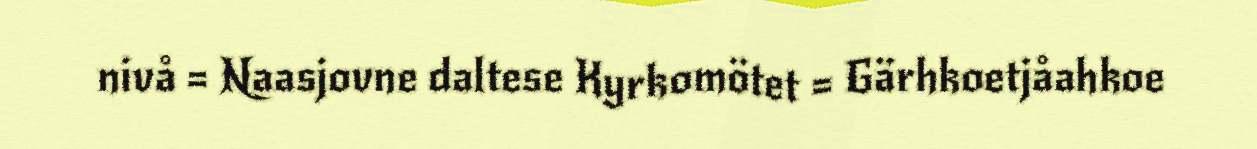
nivå = Naasjovne daltese Kyrkomötet = Gärhkoetjåahkoe